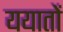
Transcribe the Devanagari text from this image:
ययातों